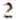
2